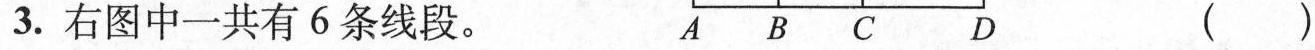
3.右图中一共有6条线段。 ()